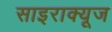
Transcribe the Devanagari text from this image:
साइराक्यूज